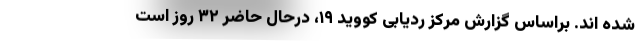
شده اند. براساس گزارش مرکز ردیابی کووید ۱۹، درحال حاضر ۳۲ روز است